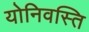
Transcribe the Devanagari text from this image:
योनिवस्ति